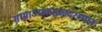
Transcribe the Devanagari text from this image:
साम्राज्यकाळादरम्यान